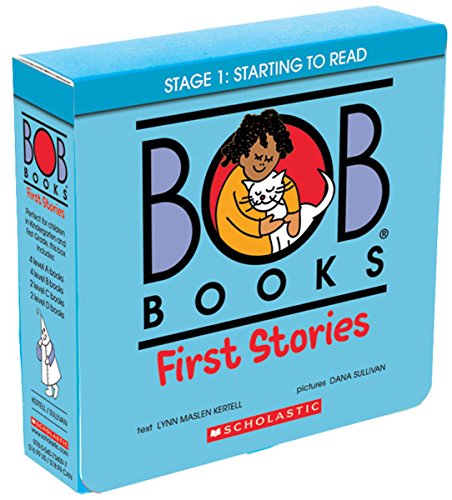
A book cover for Bob Books: First Stories; Lynn Maslen Kertell; Children's Books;